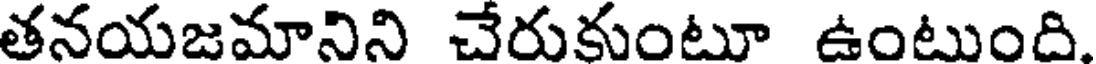
తనయజమానిని చేరుకుంటూ ఉంటుంది.